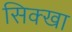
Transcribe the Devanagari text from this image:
सिक्खा